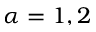
\alpha = 1 , 2